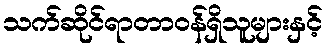
သက်ဆိုင်ရာတာဝန်ရှိသူများနှင့်